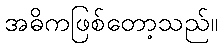
အဓိကဖြစ်တော့သည်။